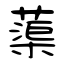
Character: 蕖